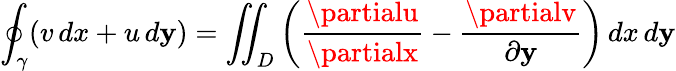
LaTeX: \oint_{\gamma}(v\, dx+u\, d\mathbf{y})=\iint_{D}\left({\frac{{\partialu}}{{\partialx}}}-{\frac{{\partialv}}{{\partial\mathbf{y}}}}\right)\, dx\, d\mathbf{y}